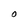
Character: O